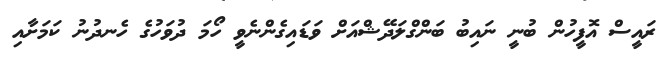
ރައީސް އޮފީހުން ބުނީ ނައިބު ބަންގްލަދޭޝްއަށް ވަޑައިގެންނެވީ ހޯމަ ދުވަހުގެ ހެނދުނު ކަމަށާއި